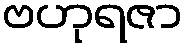
ဗဟုရဇာ